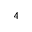
^ 4